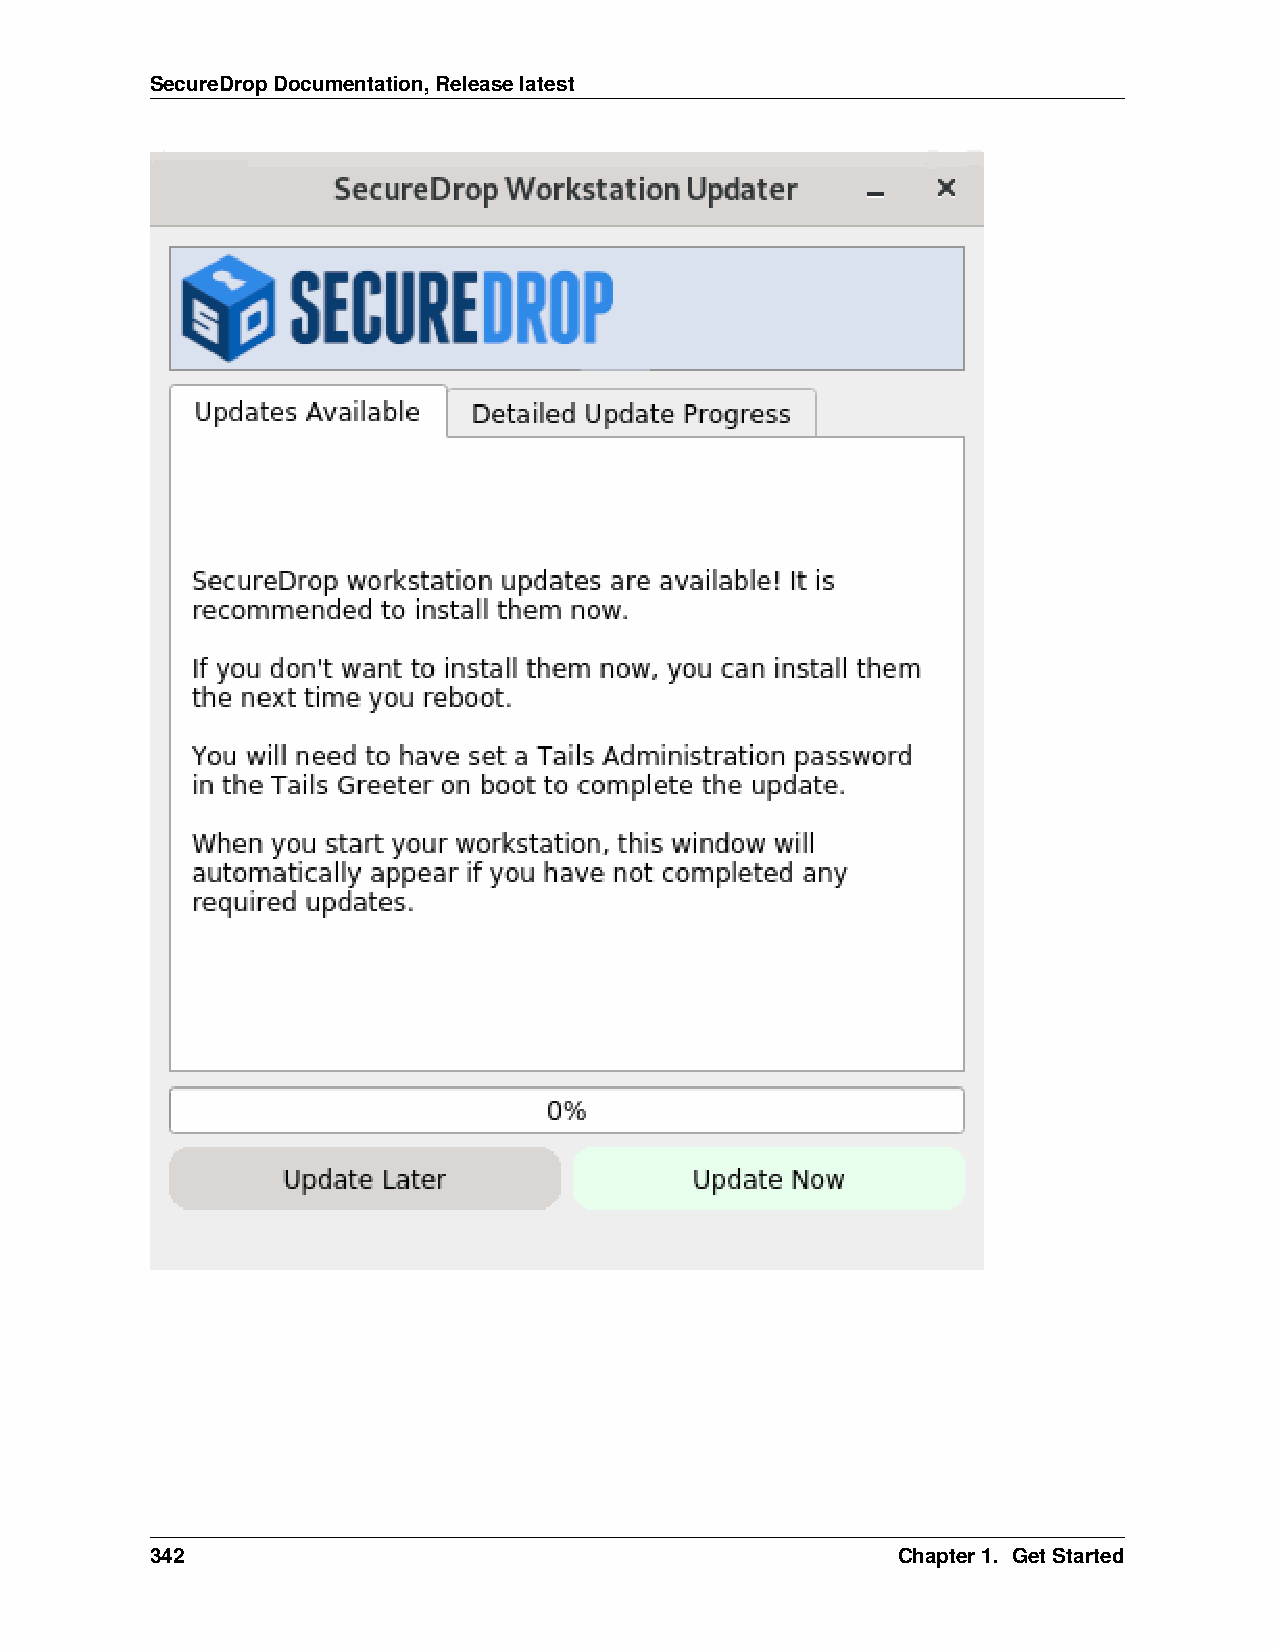
SecureDropDocumentation,Releaselatest
 342                                              Chapter1. GetStarted